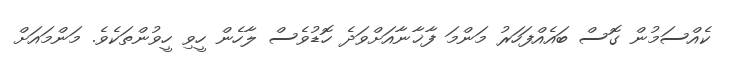
ކެއްސަމުން ގޮސް ބައެއްފަހަރު މަންމަ ފާޚާނާއަށްވަދެ ހޮޑުވެސް ލާހެން ހީވި ހީވުންތަކެވެ. މަންމައަށް